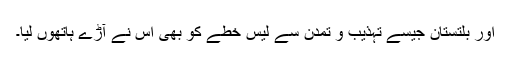
اور بلتستان جیسے تہذیب و تمدن سے لیس خطے کو بھی اس نے آڑے ہاتھوں لیا۔